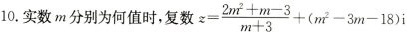
10.实数m分别为何值时，复数 $$z = \frac { 2 m ^ { 2 } + m - 3 } { m + 3 } +( m ^ { 2 } - 3 m - 1 8 ) i$$